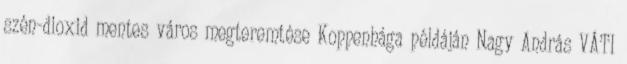
szén-dioxid mentes város megteremtése Koppenhága példáján Nagy András VÁTI